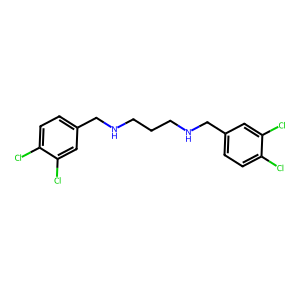
SMILES: Clc1ccc(CNCCCNCc2ccc(Cl)c(Cl)c2)cc1Cl
Inhibits HIV replication: No